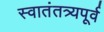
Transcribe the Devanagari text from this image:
स्वातंतत्र्यपूर्व